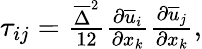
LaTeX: \begin{array}{r}{\tau_{ij}=\frac{\overline{{\Delta}}^{2}}{12}\frac{\partial\overline{{u}}_{i}}{\partial x_{k}}\frac{\partial\overline{{u}}_{j}}{\partial x_{k}},}\end{array}